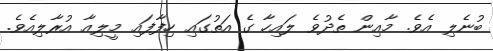
ބުނެލި އެވެ. މާއިން ތެދުވެ ލައިހާ ގެ އަތުގައި ހިފާފައި މީލިއާ އުރާލިއެވެ.